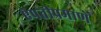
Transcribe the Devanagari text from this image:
ऐपतीप्रमाणे